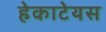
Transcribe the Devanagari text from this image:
हेकाटेयस